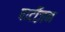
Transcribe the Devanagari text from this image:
पार्टीज़न